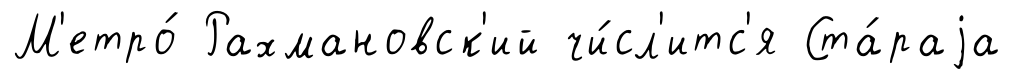
М'етро́ Рахмановск'ий чи́сл'итс'я Ста́раjа